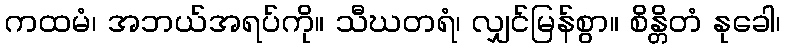
ကထမံ၊ အဘယ်အရပ်ကို။ သီဃတရံ၊ လျှင်မြန်စွာ။ စိန္တိတံ နုခေါ၊